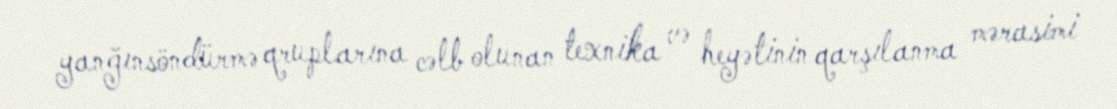
yanğınsöndürmə qruplarına cəlb olunan texnika və heyətinin qarşılanma mərasimi